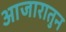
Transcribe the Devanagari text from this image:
आजारातुन